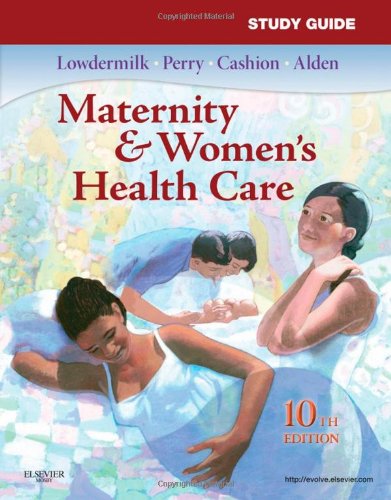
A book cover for Study Guide for Maternity & Women's Health Care, 10e (Maternity and Women's Health Care Study Guide); Deitra Leonard Lowdermilk RNC  PhD  FAAN; Medical Books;